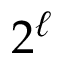
2 ^ { \ell }